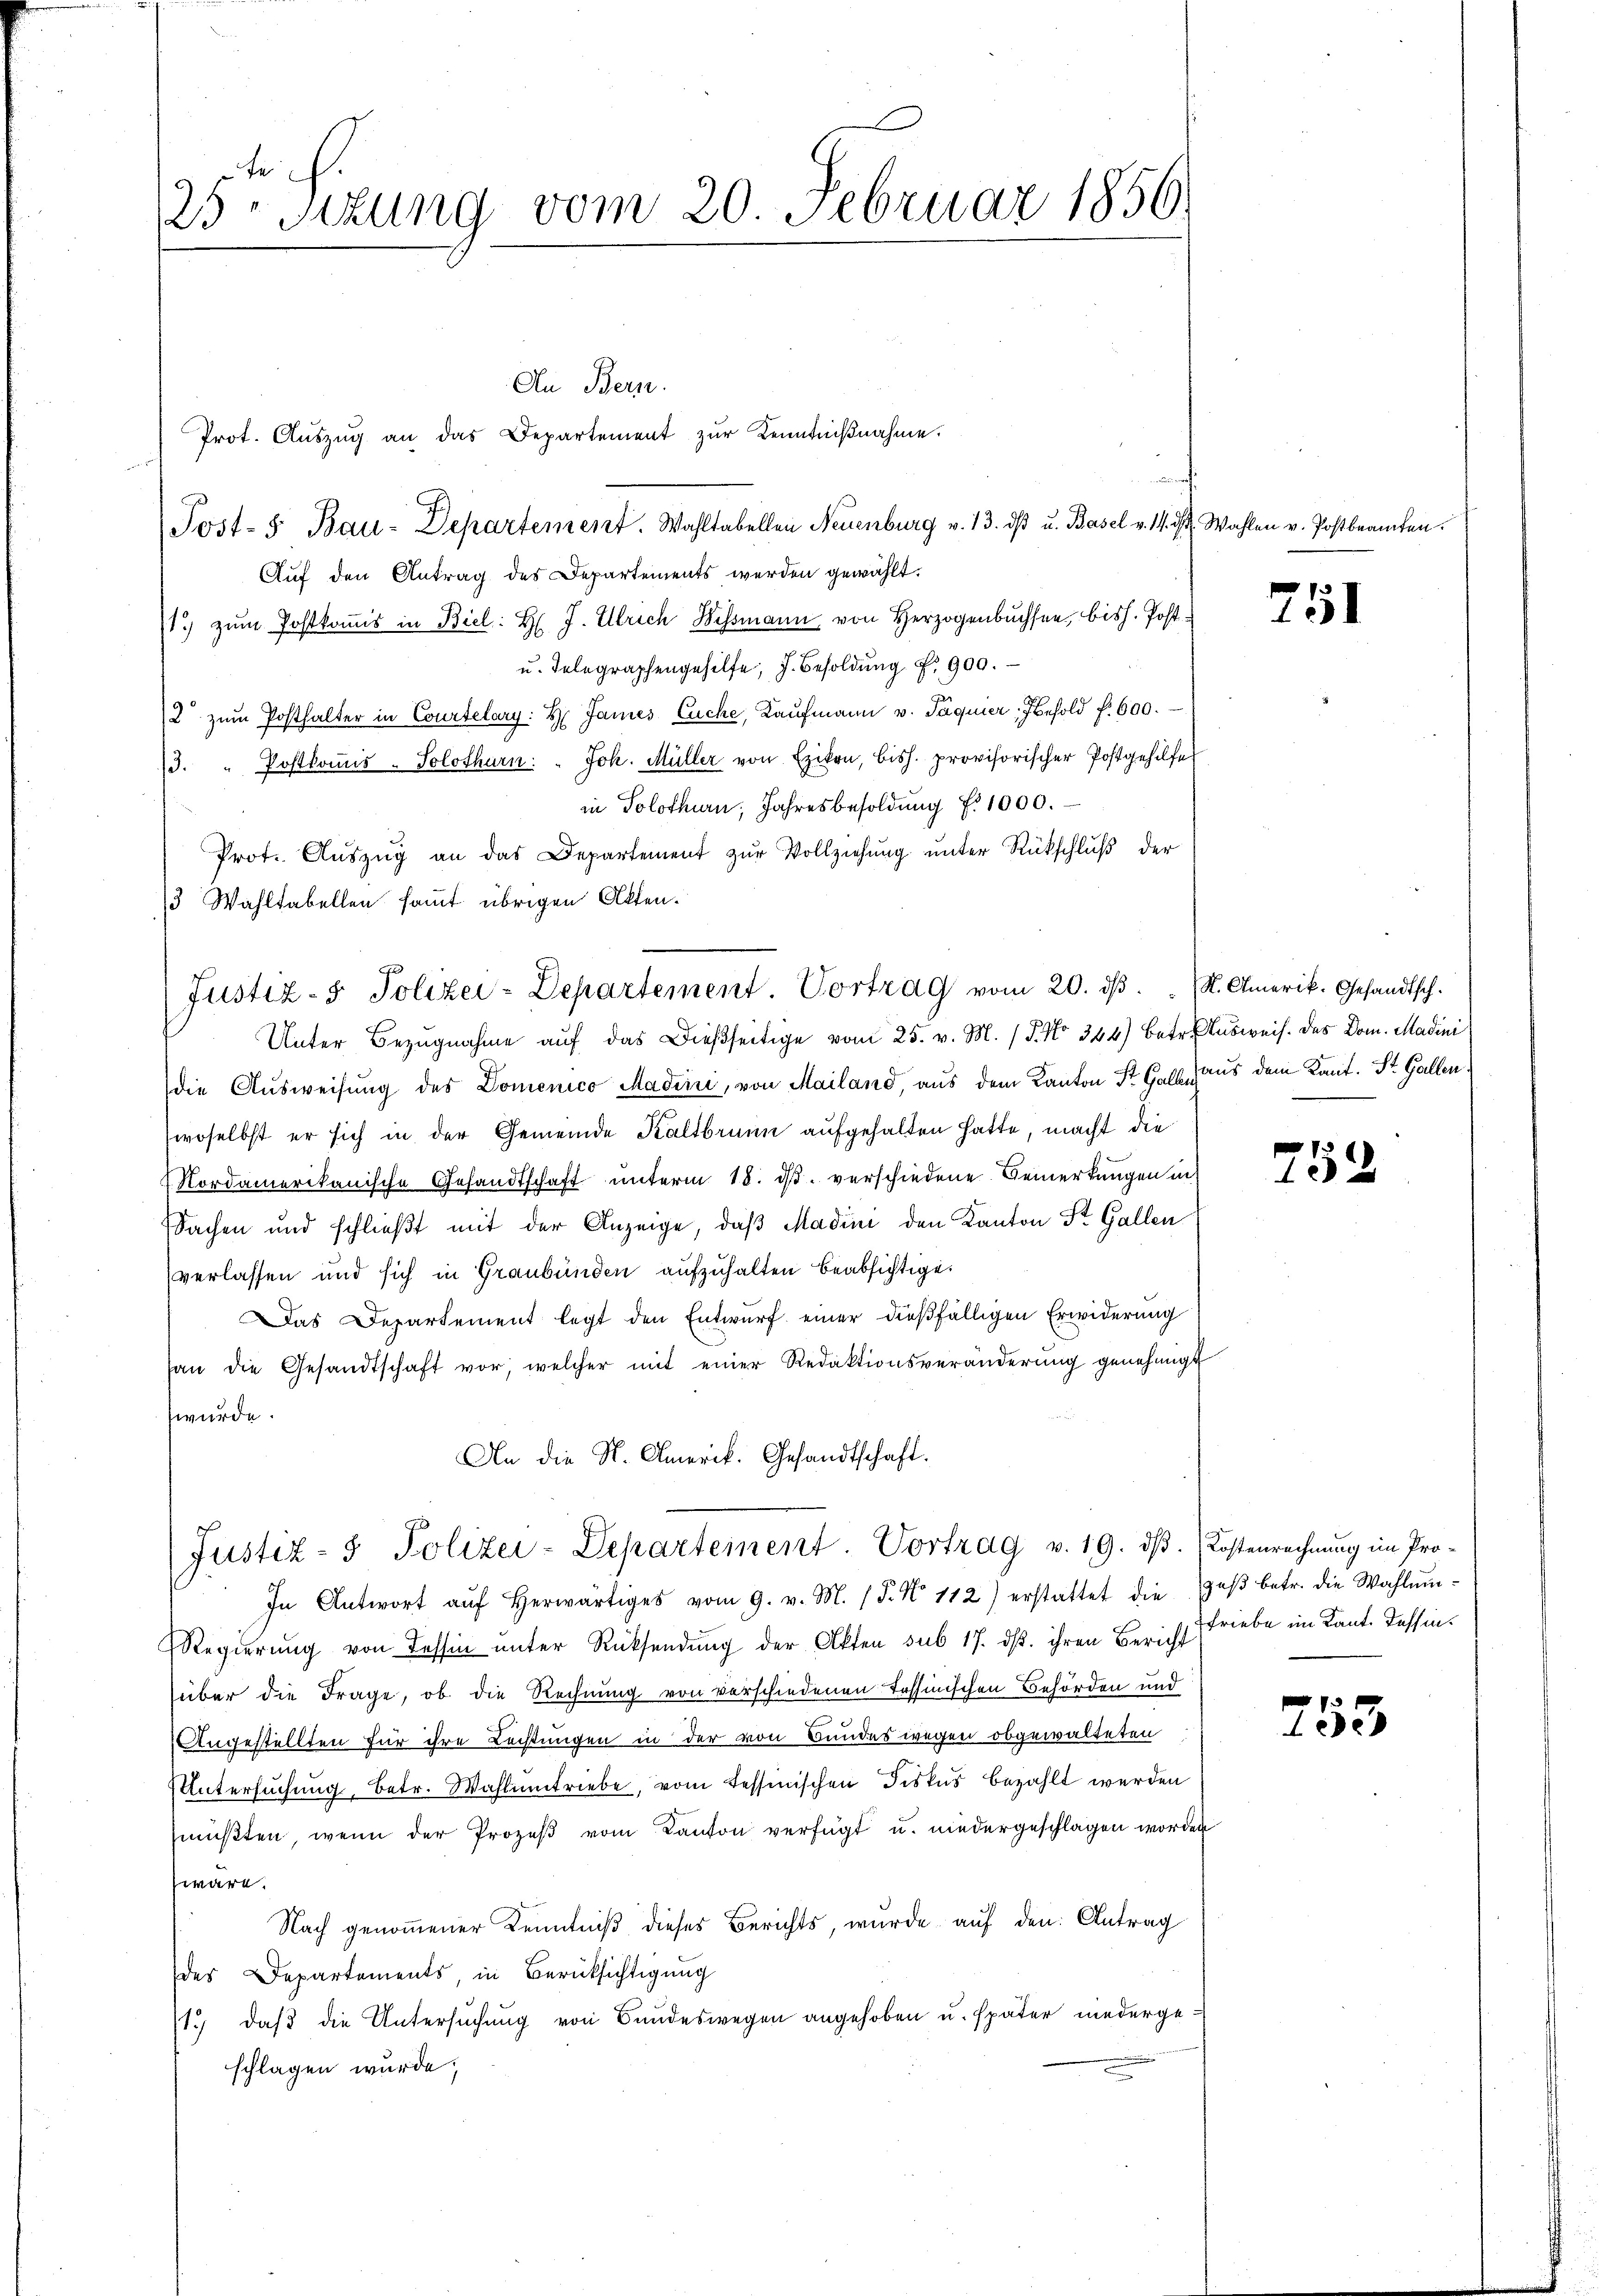
25ten Sizung vom 20. Februar 1850.

Prot. Aŭszŭg an das Departement zŭr Kenntniβnahme.
Auf den Antrag des Departements werden gewählt.
1) zum Postkomis in Biel: H. J. Ulrich Hessmann, von Herzogenbuchsen, bish. Post¬
u. Telegraphengehilfe, J. Besoldŭng f. 900.
2 zŭm Posthalter in Courtelary: H. James Euche, Kaŭfmann v. Päquier, behold f. 600.
/3. " Postkoṁis-Solothurn: " Joh. Müller von Exikon, bish. provisorischer Postgehilfe
in Solothurn, Jahresbesoldŭng f. 1000.
Prot. Aŭszŭg an das Departement zŭr Vollziehŭng ŭnter Rückschlŭβ der
3 Wahltabellen sammt übrigen Akten.
Justiz- & Polizei-Departement Vortrag vom 20. dβ. K. Amerik. Gesandtsch.
Unter Bezugnahme aŭf das dießseitige vom 25. v. M. / 5. No 344) betr. Ausweis. Das Dom. Madini
die Aŭsweisŭng des Domenico Madini, von Mailand, aus dem Kanton St. Gall aus dem Kant. St. Gallen.
(woselbst er sich in der Gemeinde Kaltbrunn aufgehalten hatte, macht die
Nordamerikanische Gesandtschaft ŭnterm 18. dβ verschiedene Bemerkungen in
Sachen und schließt mit der Anzeige, daß Madini den Kanton St. Gallen
verlassen und sich in Graubünden aufzuhalten beabsichtige.
as Departement legt den Entwurf einer dießfälligen Erwiderung
han die Gesandtschaft vor, welcher mit einer Redaktionsveränderŭng genehmigt
wurde.
An die St. Amerik. Gesandtschaft.

An Bern.

Post- 5. Bau-Departement. Wahltabellen Neuenburg v. 13. dβ u. Basel v. 14. ist. Wahlen v. Postbeamten.

Justiz- & Polizei-Departement. Vortrag v. 19. dβ.

In Antwort aŭf herwärtiges vom 9. v. M. (T. N. 112) erstattet die Heβ betr. die Wahlŭn-
Regierŭng von Tessin ŭnter Rücksendŭng der Akten sub 17. dβ. ihren Bericht
über die Frage, ob die Rechnung von verschiedenen Tessinischen Behörden und
e
Angestellten für ihre Rechtungen in der von Bundeswegen obgewalteten
Untersuchung, betr. Wahlamtriebe, vom Tessinischen Fiskus bezahlt werden
müβten, wenn der Prozeβ vom Kanton verfügt u. niedergeschlagen worden
wäre.
Nach genommener Kenntniß dieses Berichts, wurde auf den Antrag
des Departements, in Berücksichtigung
1.) daß die Untersuchung von Bandeswegen angehoben u. später niedergeschlagen wurde;

751

252

Kostenrechnung im Pro¬
Friebe im Kant. Tessin.

753